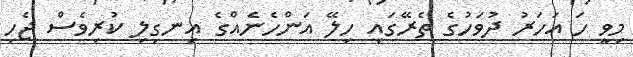
މިވީ ހަ އަހަރު ދުވަހުގެ ތެރޭގައި ހިލޭ އަންހެނެއްގެ އިނގިލި ކުރިވެސް ޖެހި